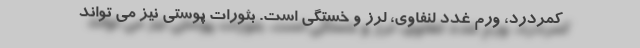
کمردرد، ورم غدد لنفاوی، لرز و خستگی است. بثورات پوستی نیز می تواند